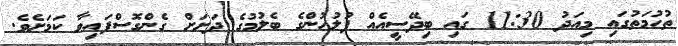
ތުހުމަތުގައި މިއަދު 11:30 ގައި ބިދޭސީއެއް ފުލުހުންގެ ބެލުމުގެ ދަށަށް ގެންގޮސްފައިވާ ކަމަށެވެ.